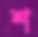
শ